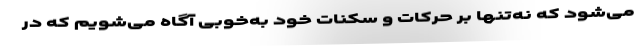
می‌شود که نه‌تنها بر حرکات و سکنات خود به‌خوبی آگاه می‌شویم که در